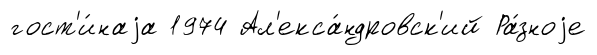
гост'и́наjа 1974 Ал'екса́ндровск'ий Ра́зноjе